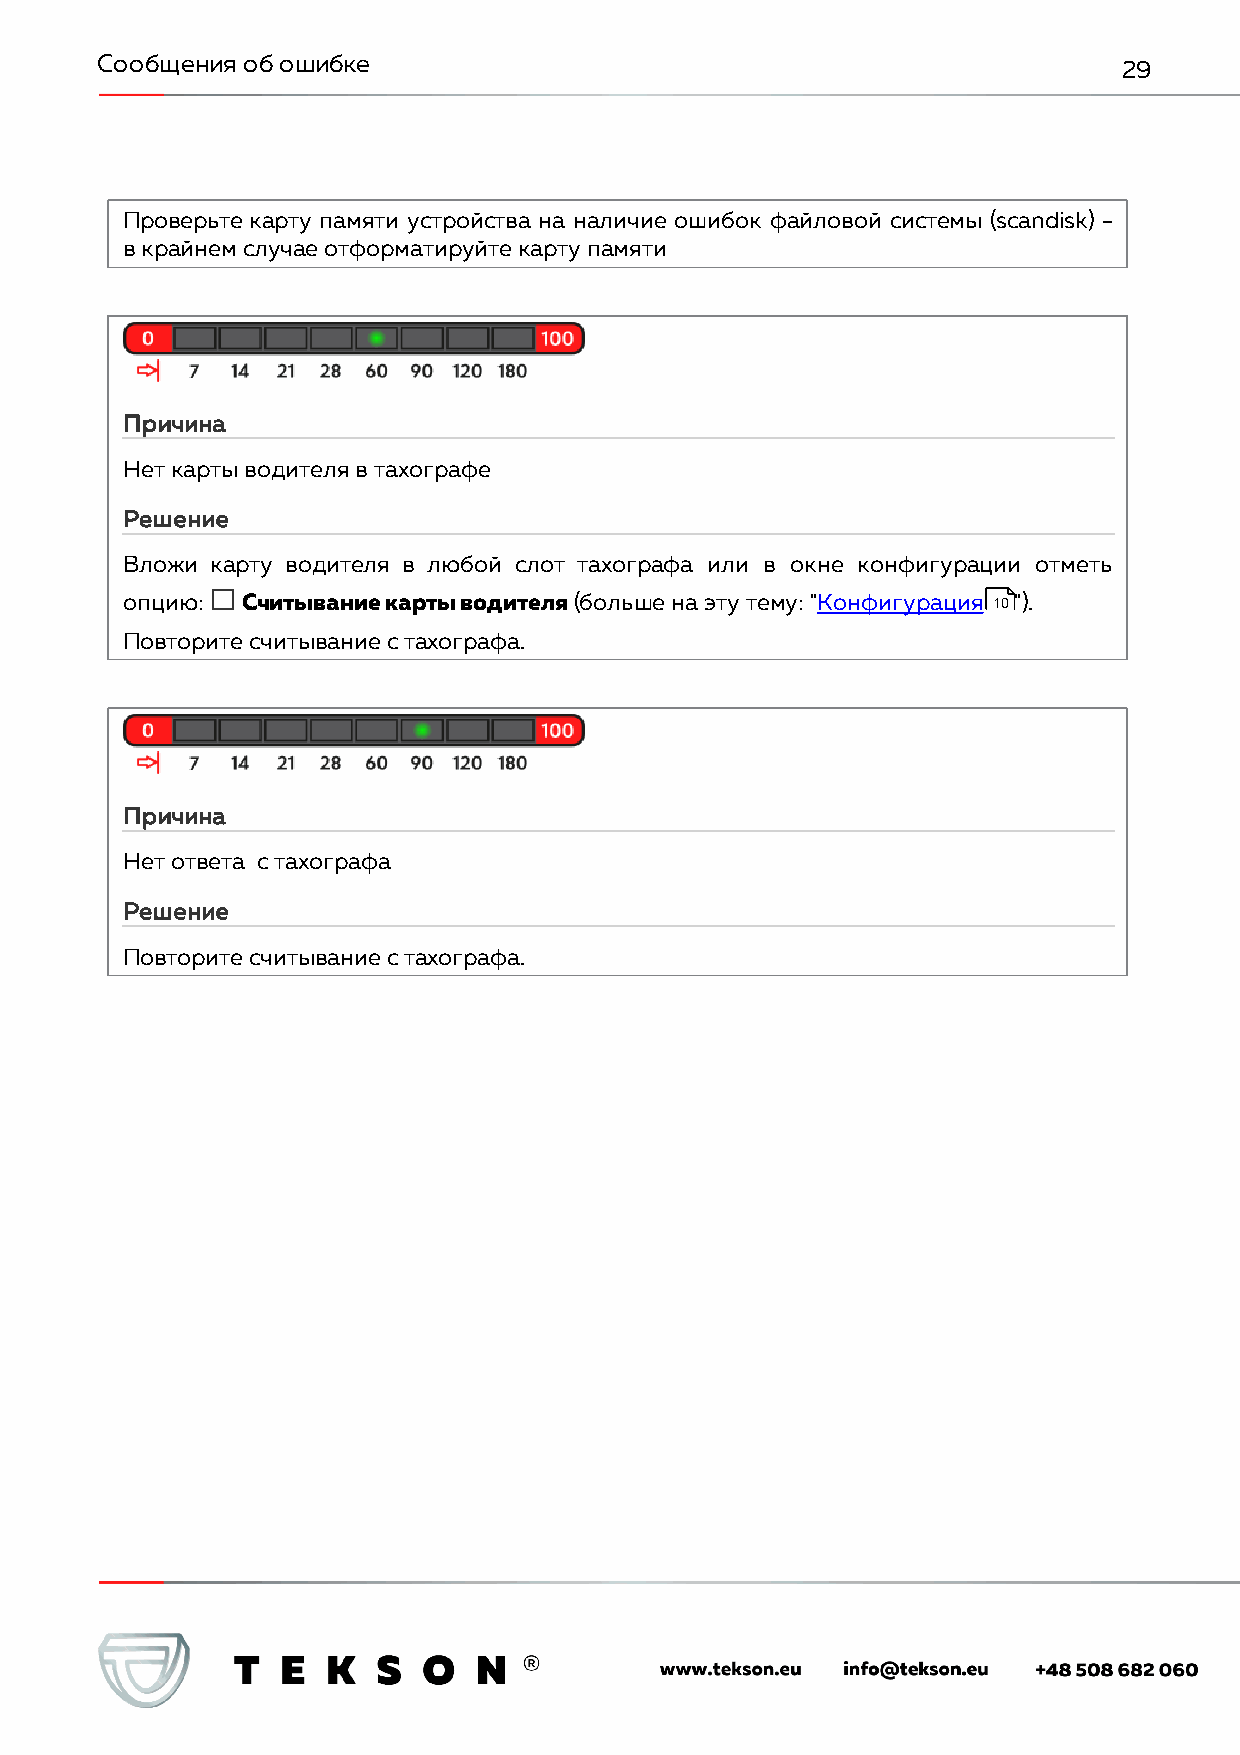
Сообщения об ошибке                                                 29
 Проверьте карту памяти устройства на наличие ошибок файловой системы (scandisk) -
 в крайнем случае отформатируйте карту памяти
 Причина
 Нет карты водителя в тахографе
 Решение
 Вложи карту водителя в любой слот тахографа или в окне конфигурации отметь
 опцию:  Считывание карты водителя (больше на эту тему: "Конфигурация 10").
 Повторите считывание с тахографа.
 Причина
 Нет ответа с тахографа
 Решение
 Повторите считывание с тахографа.